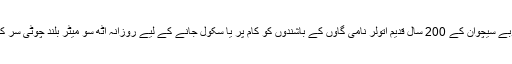
چین کے صوبے سیچوان کے 200 سال قدیم اتولر نامی گاؤں کے باشندوں کو کام پر یا سکول جانے کے لیے روزانہ آٹھ سو میٹر بلند چوٹی سر کرنا پڑتی ہے۔